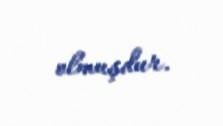
olmuşdur.